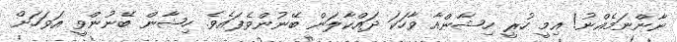
ނާންނަމެއްނު! އިމީ ހުރީ ހިޝާންއާ ވާހަކަ ދައްކާލަން ބޭނުންވެފައެވެ. ހިޝާން ބޭނުންވީ އަވަހަށް